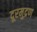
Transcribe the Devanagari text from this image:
दूरमुद्रण